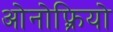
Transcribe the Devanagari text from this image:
ओनोफ़्रियो